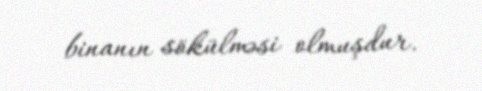
binanın sökülməsi olmuşdur.